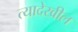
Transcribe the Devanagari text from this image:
त्यादेखील